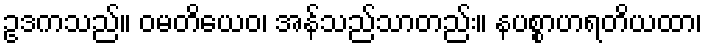
ဥဒကသည်။ ဝမတိယေဝ၊ အန်သည်သာတည်း။ နပစ္စာဟရတိယထာ၊